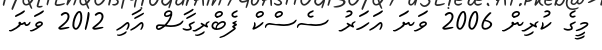
މީގެ ކުރިން 2006 ވަނަ އަހަރު ސެސްކް ފެބްރިގާސް އާއި 2012 ވަނަ